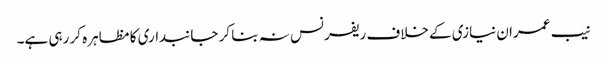
نیب عمران نیازی کے خلاف ریفرنس نہ بنا کر جانبداری کا مظاہرہ کر رہی ہے۔